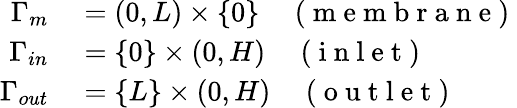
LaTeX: \begin{array}{rl}{\Gamma_{m}}&{{}=(0,L)\times\{ 0\} \quad\mathrm{~(~m~e~m~b~r~a~n~e~)~}}\\ {\Gamma_{in}}&{{}=\{ 0\} \times(0,H)\quad\mathrm{~(~i~n~l~e~t~)~}}\\ {\Gamma_{out}}&{{}=\{ L\} \times(0,H)\quad\mathrm{~(~o~u~t~l~e~t~)~}}\end{array}